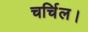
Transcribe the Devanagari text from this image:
चर्चिल।